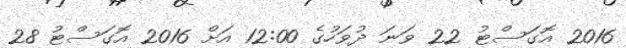
2016 އޮގަސްޓު 22 ވަނަ ދުވަހުގެ 12:00 އަށް 2016 އޮގަސްޓު 28